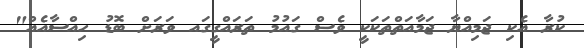
ކުރާ އެކި ޖަމިއްޔާ ޖަމާއަތްތަކަކީ ވެސް ގައުމު ތަރައްގީގައ ވަރަށް ބޮޑު ހިއްސާއެއް"